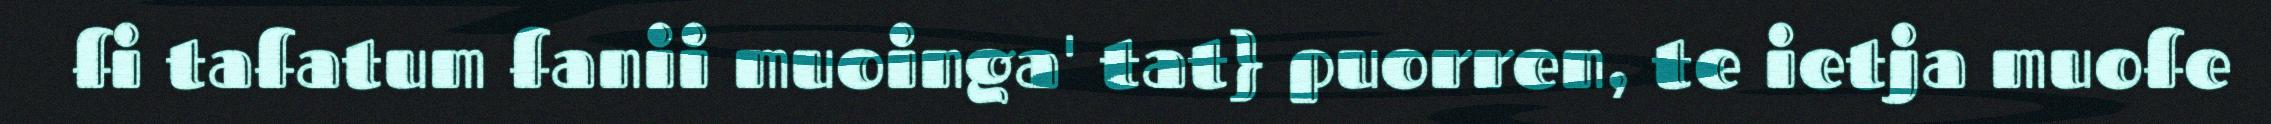
fi tafatum fanii muoinga' tat} puorren, te ietja muofe